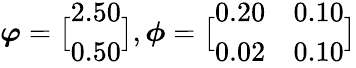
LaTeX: \displaystyle\boldsymbol{\varphi}=\bigl[\begin{array}{l}{2.50}\\ {0.50}\end{array}\bigr],\boldsymbol{\phi}=\bigl[\begin{array}{ll}{0.20}&{0.10}\\ {0.02}&{0.10}\end{array}\bigr]